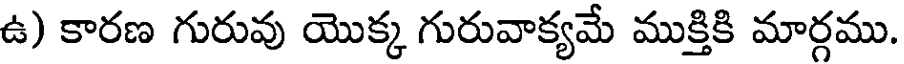
ఉ) కారణ గురువు యొక్క గురువాక్యమే ముక్తికి మార్గము.